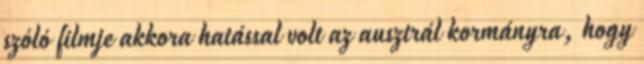
szóló filmje akkora hatással volt az ausztrál kormányra, hogy